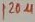
Text: 120µ